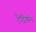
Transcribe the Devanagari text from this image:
टेट्रियॉन